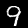
Label: 9